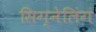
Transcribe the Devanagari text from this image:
सिग्नेलिंग